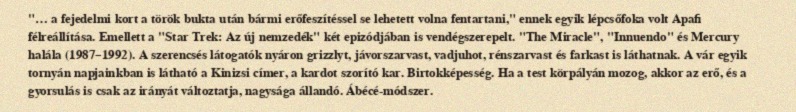
"… a fejedelmi kort a török bukta után bármi erőfeszítéssel se lehetett volna fentartani," ennek egyik lépcsőfoka volt Apafi félreállítása. Emellett a "Star Trek: Az új nemzedék" két epizódjában is vendégszerepelt. "The Miracle", "Innuendo" és Mercury halála (1987–1992). A szerencsés látogatók nyáron grizzlyt, jávorszarvast, vadjuhot, rénszarvast és farkast is láthatnak. A vár egyik tornyán napjainkban is látható a Kinizsi címer, a kardot szorító kar. Birtokképesség. Ha a test körpályán mozog, akkor az erő, és a gyorsulás is csak az irányát változtatja, nagysága állandó. Ábécé-módszer.